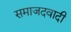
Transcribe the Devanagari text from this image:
समाजदवादी